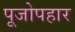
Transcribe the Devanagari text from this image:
पूजोपहार